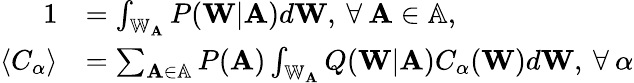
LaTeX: \begin{array}{rl}{1}&{=\int_{\mathbb{W}_{\mathbf{A}}}P(\mathbf{W}|\mathbf{A})d\mathbf{W},\: \forall\: \mathbf{A}\in\mathbb{A},}\\ {\langle C_{\alpha}\rangle}&{=\sum_{\mathbf{A}\in\mathbb{A}}P(\mathbf{A})\int_{\mathbb{W}_{\mathbf{A}}}Q(\mathbf{W}|\mathbf{A})C_{\alpha}(\mathbf{W})d\mathbf{W},\: \forall\: \alpha}\end{array}